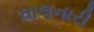
ઘાલનારી